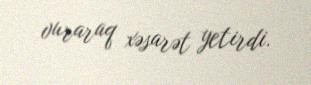
vuraraq xəsarət yetirdi.